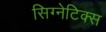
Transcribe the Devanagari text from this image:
सिग्नेटिक्स